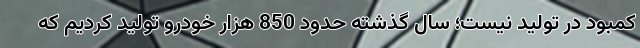
کمبود در تولید نیست؛ سال گذشته حدود 850 هزار خودرو تولید کردیم که